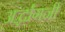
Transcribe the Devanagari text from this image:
अर्द्धांगनी